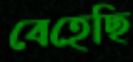
বেহেছি